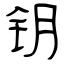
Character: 钥